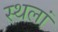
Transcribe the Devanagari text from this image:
स्थलां